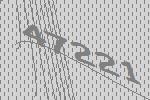
47221